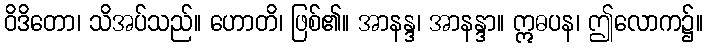
ဝိဒိတော၊ သိအပ်သည်။ ဟောတိ၊ ဖြစ်၏။ အာနန္ဒ၊ အာနန္ဒာ။ ဣဓပန၊ ဤလောက၌။